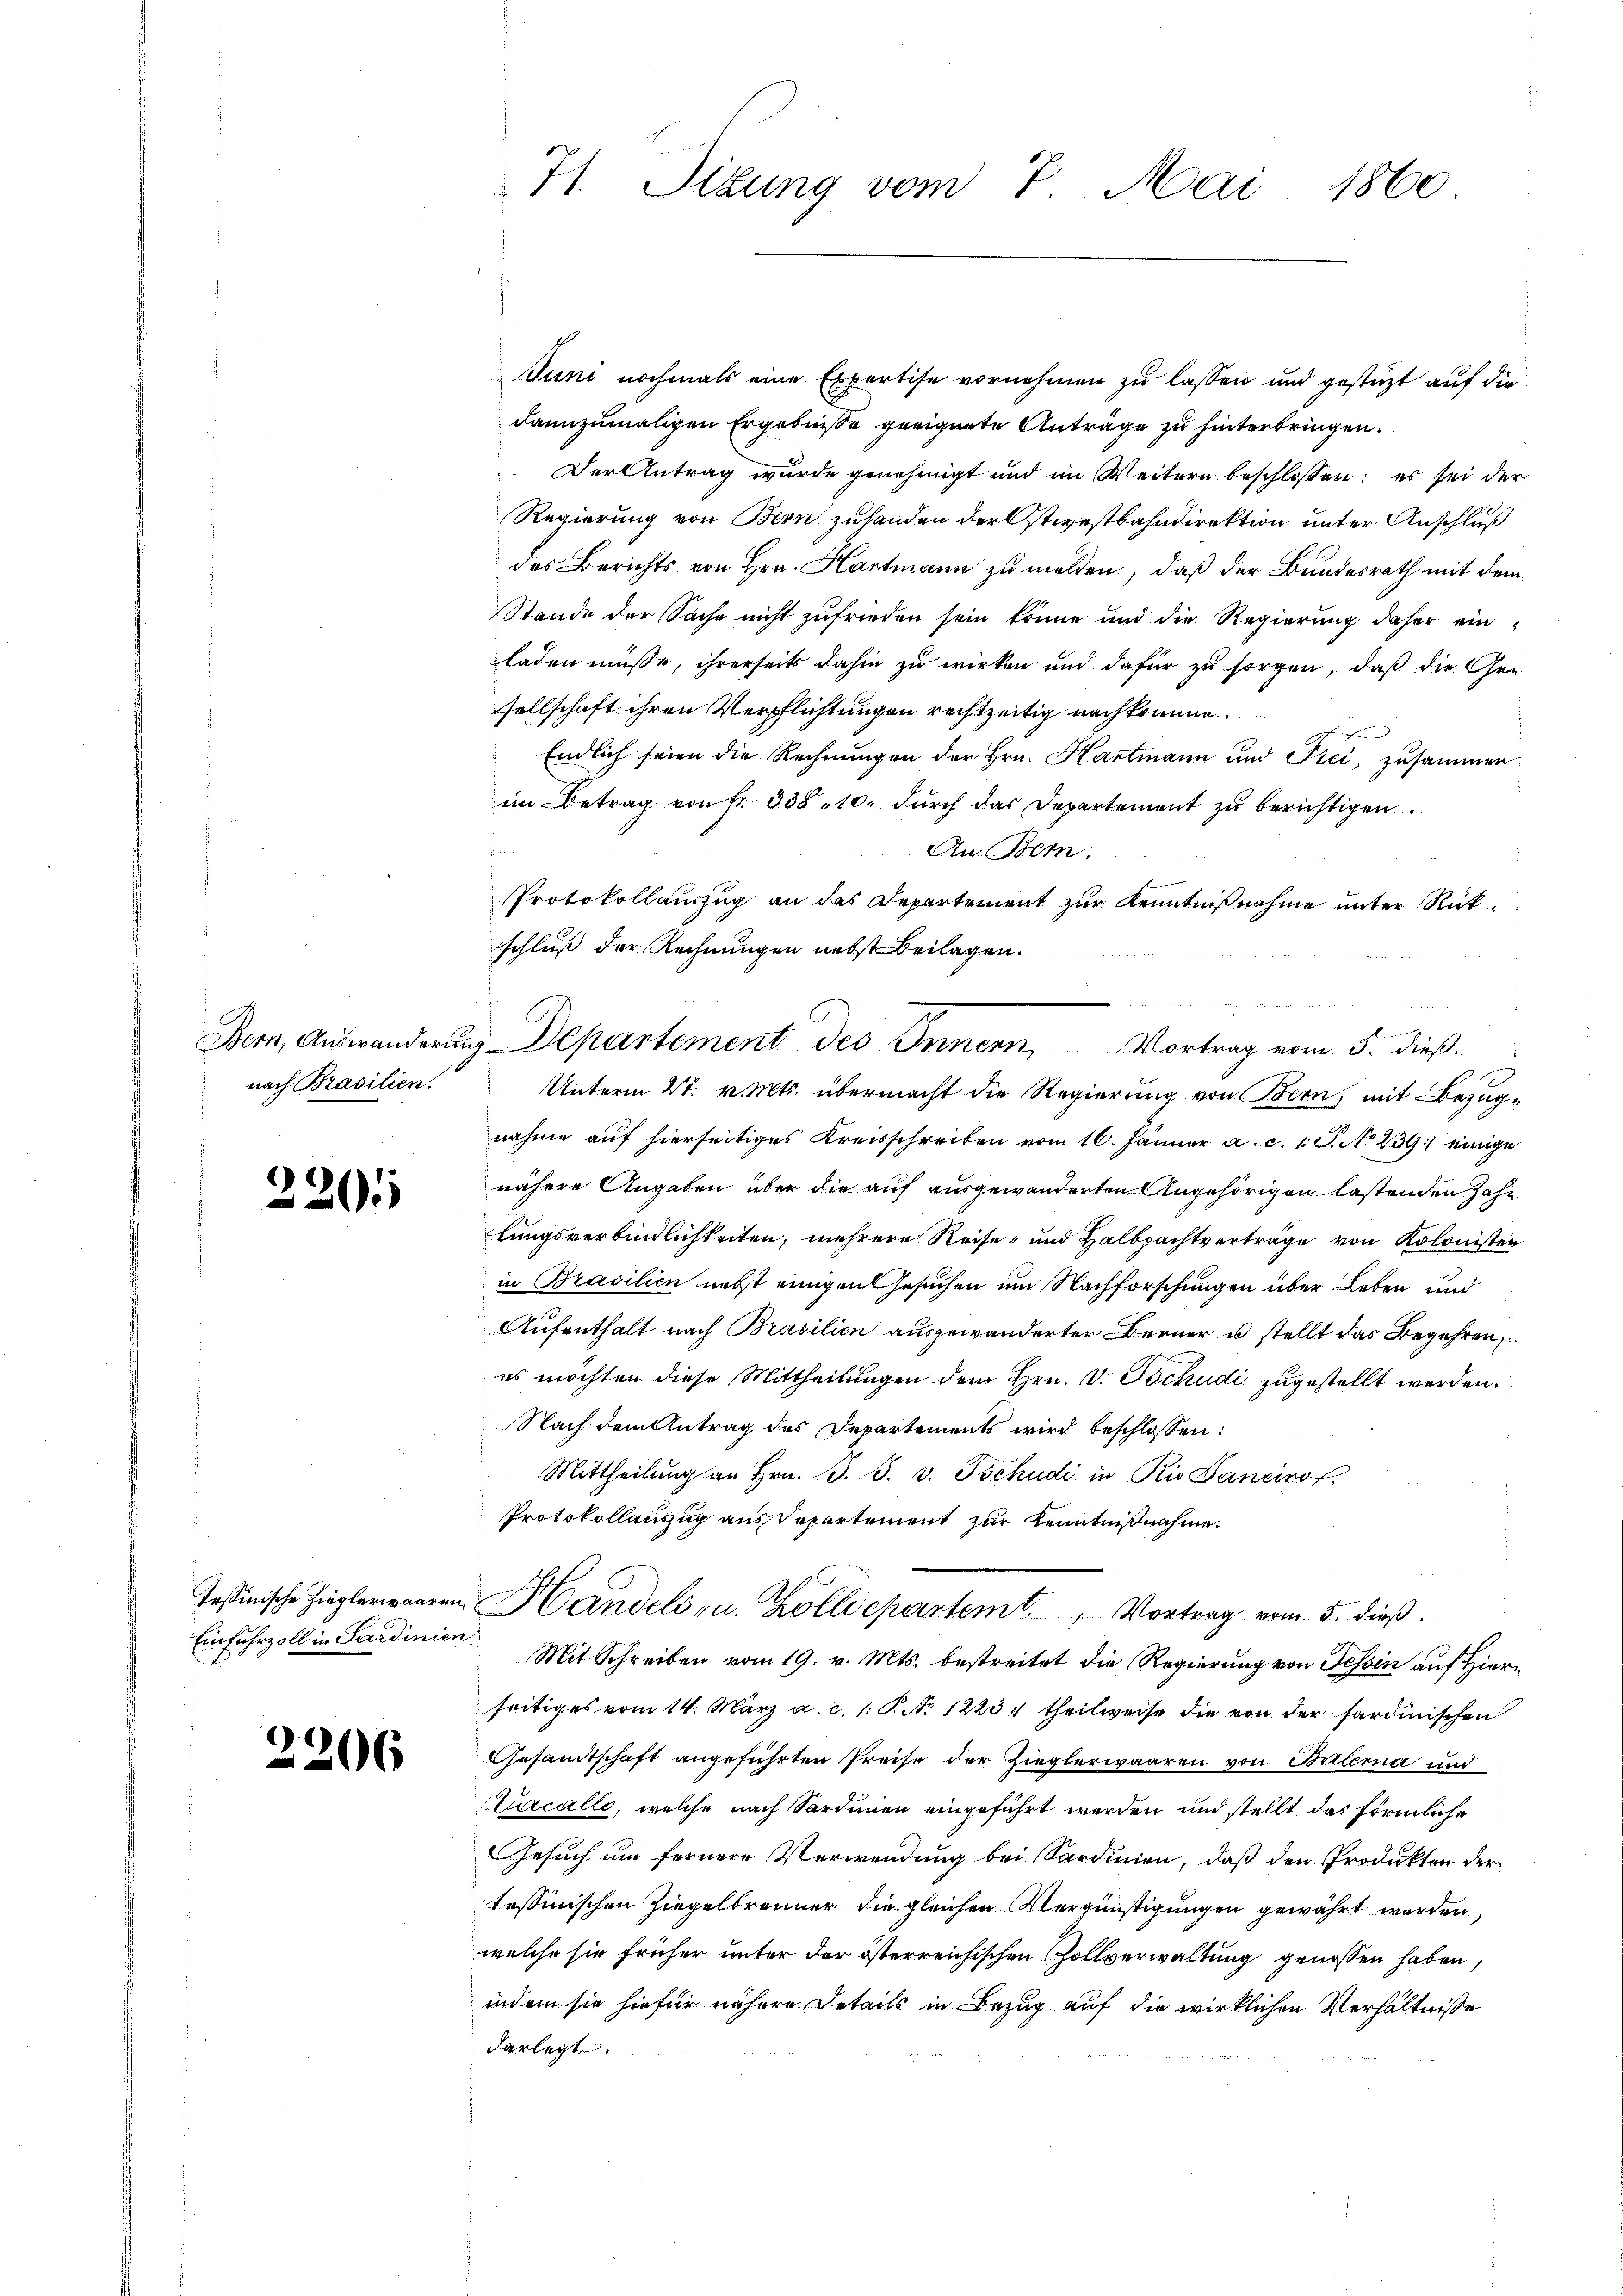
nach Brasilien.

)
.

e

Einfuhrzoll in Sardinien

2206

Juni nochmals eine Expertise vornehmen zu lassen und gestützt auf die
dannzumaligen Ergebnisse geeignete Anträge zu hinterbringen.
Der Antrag wurde genehmigt und im Weitern beschlossen: es sei der
Regierung von Bern zuhanden der Ostwestbahndirektion unter Anschluß
des Berichts von Hrn. Hartmann zu melden, daß der Bundesrath mit dem
Stande der Sache nicht zufrieden sein könne und die Regierung daher ein-
laden müsse, ihrerseits dahin zu wirken und dafür zu sorgen, daß die Gesellschaft ihren Verpflichtungen rechtzeitig nach komme.
Endlich seien die Rechnungen der Hrn. Hartmann und Frei, zusammen
im Betrag von Fr. 338, 10. durch das Departement zu berichtigen.
An Bern
t
PProtokollauszug an das Departement zur Kenntnißnahme unter Rückschluß der Rechnungen nebst Beilagen.
Unterm 27. v. Mts. übermacht die Regierung von Bern, mit Bezugnahme auf hierseitiges Kreisschreiben vom 16. Jänner a. c. 1 S. No 239 einige
nähere Angaben über die auf ausgewanderten Angehörigen lastenden Zahn
lungsverbindlichkeiten, mehrere Reise- und Halbpachtverträge von Kolonister
in Brasilien nebst einigen Gesuchen um Nachforschungen über Leben und
Aufenthalt nach Brasilien ausgewanderter Berner u. stellt das Begehren,
es möchten diese Mittheilungen dem Hrn. V. Tschudi zugestellt werden.
Nach dem Antrag des Departements wird beschlossen:
Mittheilŭng an Hrn. B. S. v. Tschudi in Rio Sancino
Protokollauszug aus Repartement zur Kenntnißnahme.
Tessinische Zieglerwaaren Handels- u. Kolliepartemt, Vortrag vom 5. dieß.
d. Mit Schreiben vom 19. v. Mts. bestreitet die Regierung von Tessin auf Hierseitiges vom 14. März a. c. 1. P. No 1223. theilweise die von der sardinischen
Gesamtschaft angeführten Preise der Zieglerwaaren von Balerna und
Curcelle, welche nach Sardinien eingeführt werden und stellt das förmliche
Gesuch um fernere Verwendung bei Sardinien, daß den Produkten der
tessinischen Ziegelbrenner die gleichen Vergünstigungen gewährt werden,
welche sie früher unter der österreichischen Zollverwaltung genossen haben,
indem sie hiefür nähere Details in Bezug auf die wirklichen Verhältnisse
darlegt.

71. Situng vom 7. Mai 1860

Bern, Auswanderung Departement des Innern, Vortrag vom 5. dieß.